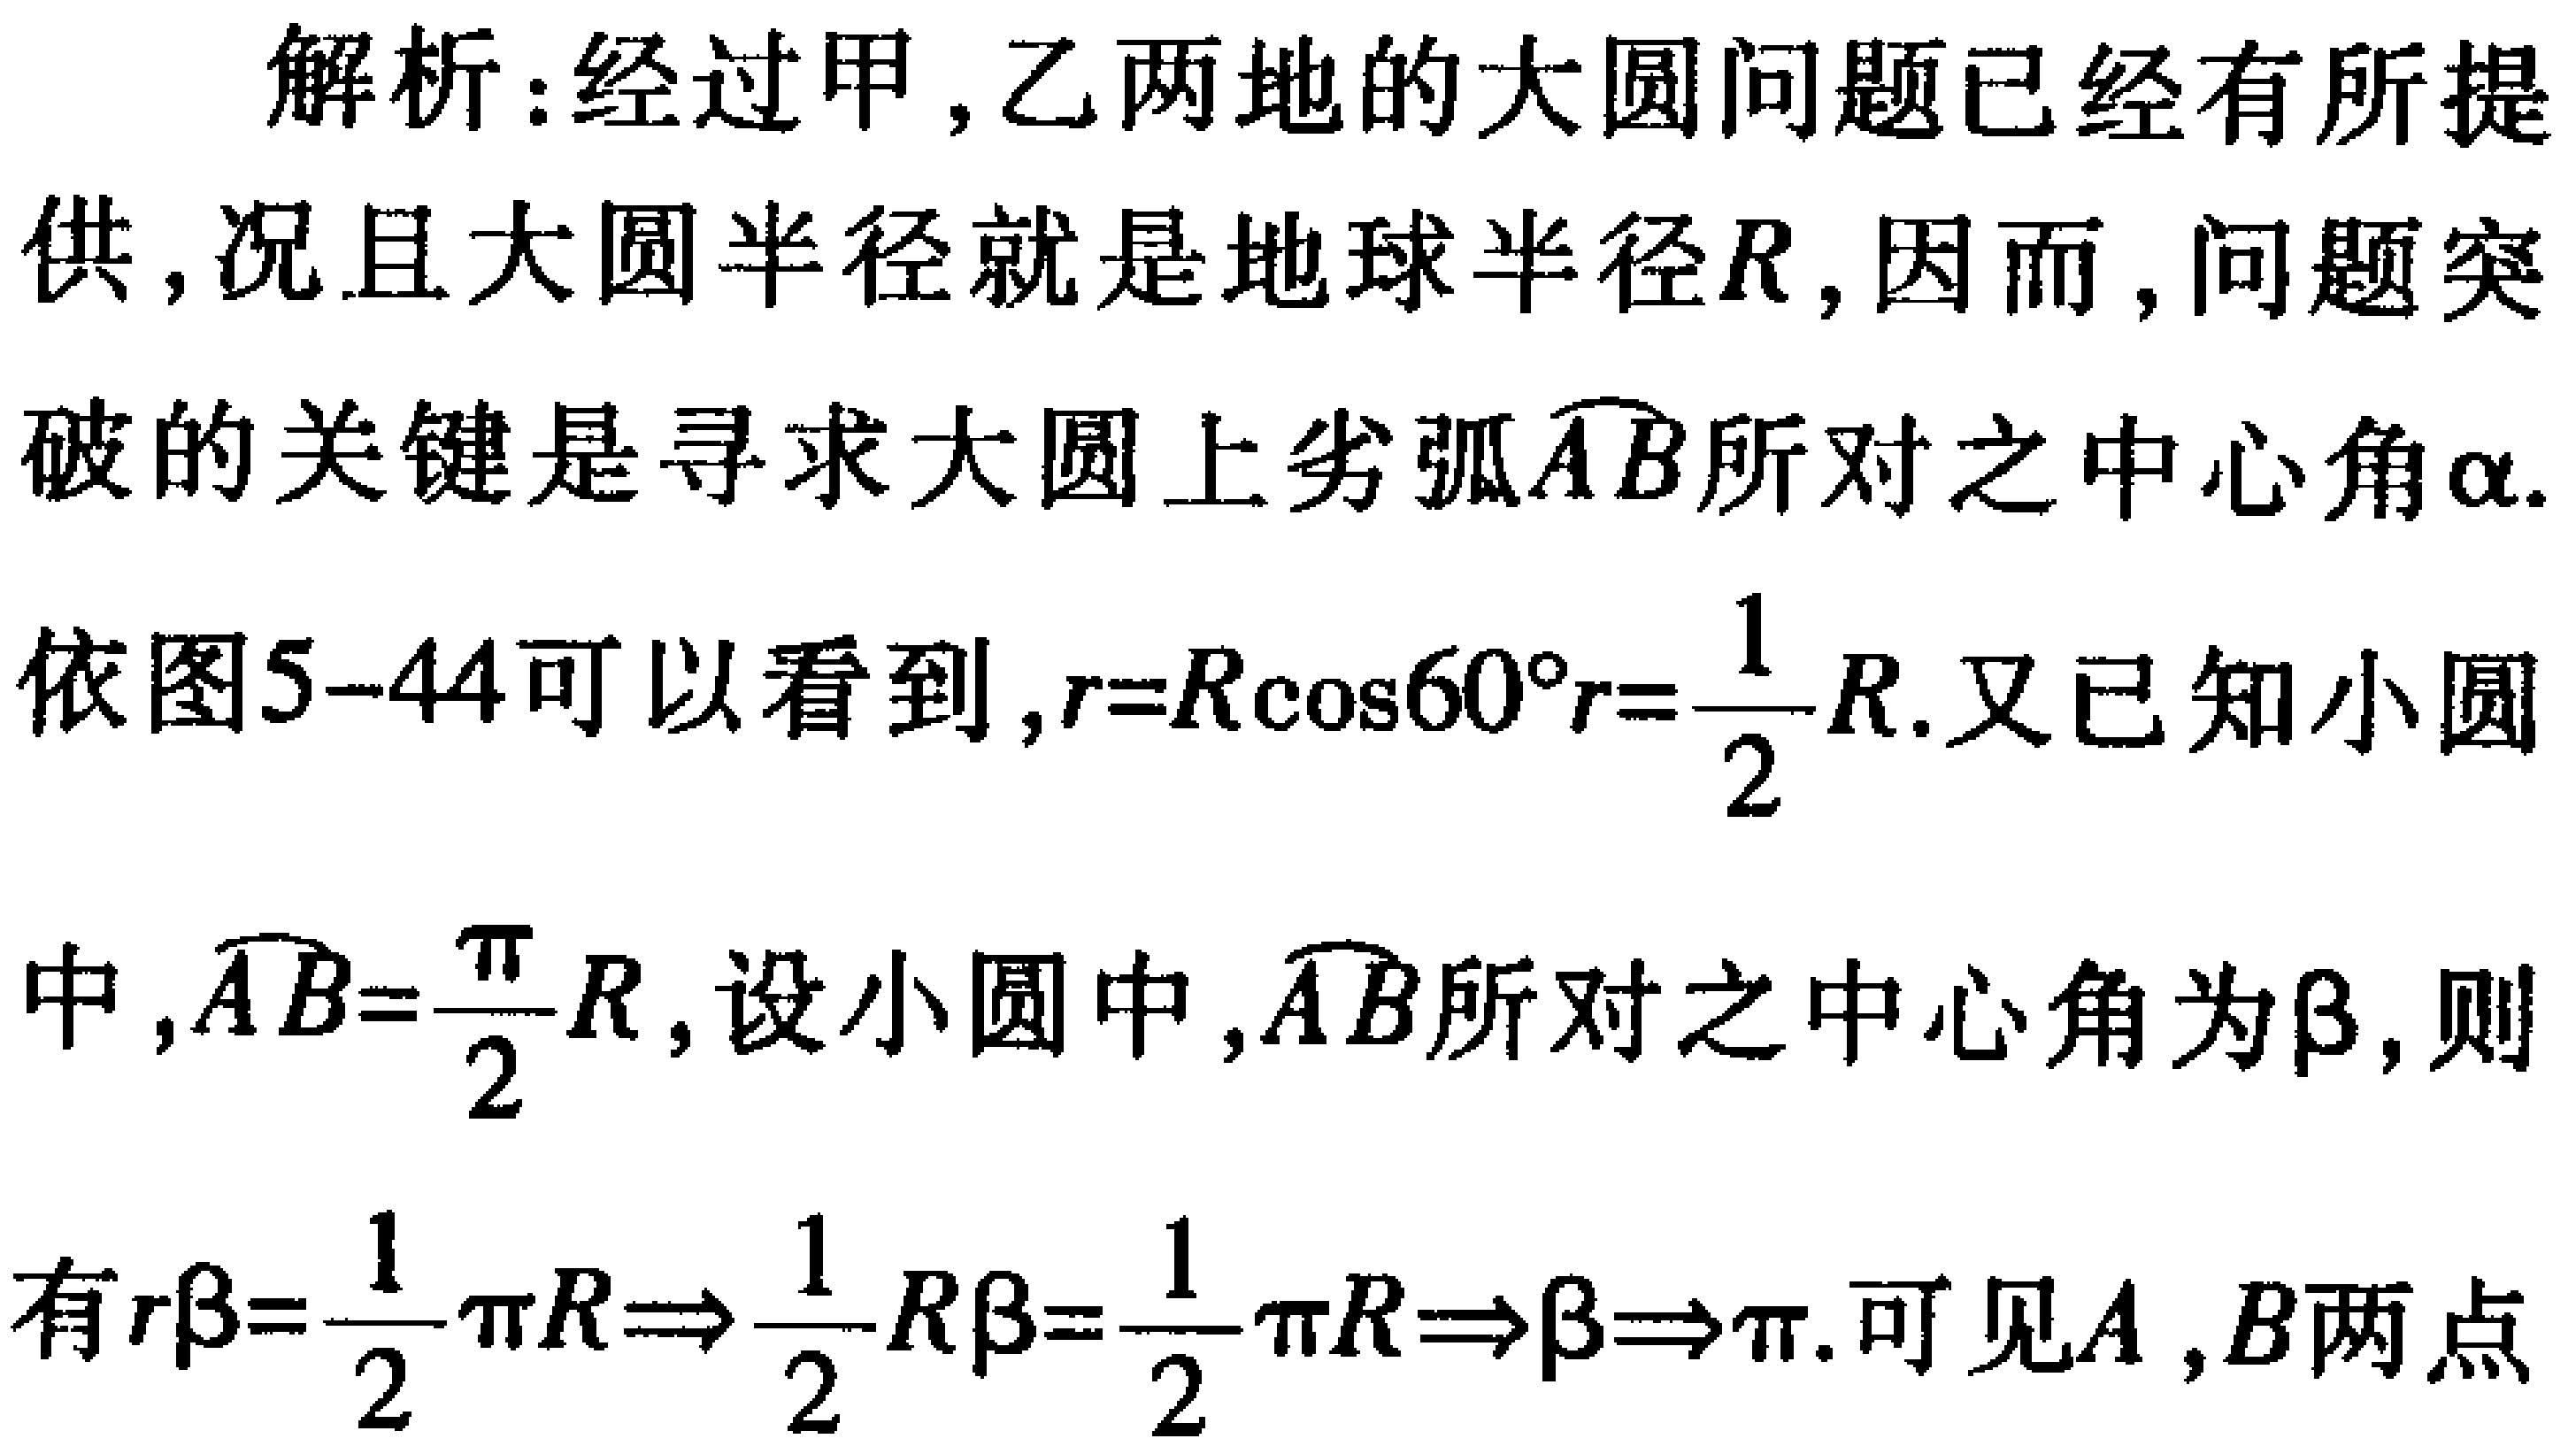
解析：经过甲,乙两地的大圆问题已经有所提
供,况且大圆半径就是地球半径\(R\),因而,问题突
破的关键是寻求大圆上劣弧\(\overset{\frown}{AB}\)所对之中心角\(\alpha\).
依图5--44可以看到,\(r = R\cos60^{\circ}r=\frac{1}{2}R\).又已知小圆
中,\(\overset{\frown}{AB}=\frac{\pi}{2}R\),设小圆中,\(\overset{\frown}{AB}\)所对之中心角为\(\beta\),则
有\(r\beta=\frac{1}{2}\pi R\Rightarrow\frac{1}{2}R\beta=\frac{1}{2}\pi R\Rightarrow\beta\Rightarrow\pi\).可见\(A\),\(B\)两点